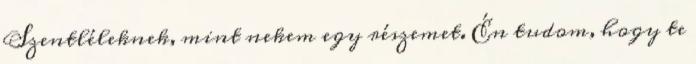
Szentléleknek, mint nekem egy részemet. Én tudom, hogy te